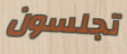
تجلسون